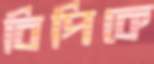
বিপিকে